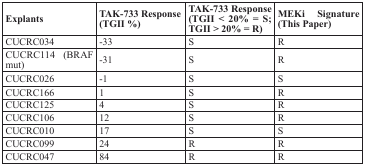
<table><thead><tr><td><b>Explants</b></td><td><b>TAK-733 Response (TGII %)</b></td><td><b>TAK-733 Response (TGII &lt; 20% = S; TGII &gt; 20% = R)</b></td><td><b>MEKi Signature (This Paper)</b></td></tr></thead><tbody><tr><td>CUCRC034</td><td>−33</td><td>S</td><td>R</td></tr><tr><td>CUCRC114 (BRAF mut)</td><td>−31</td><td>S</td><td>R</td></tr><tr><td>CUCRC026</td><td>−1</td><td>S</td><td>S</td></tr><tr><td>CUCRC166</td><td>1</td><td>S</td><td>R</td></tr><tr><td>CUCRC125</td><td>4</td><td>S</td><td>R</td></tr><tr><td>CUCRC106</td><td>12</td><td>S</td><td>R</td></tr><tr><td>CUCRC010</td><td>17</td><td>S</td><td>S</td></tr><tr><td>CUCRC099</td><td>24</td><td>R</td><td>R</td></tr><tr><td>CUCRC047</td><td>84</td><td>R</td><td>R</td></tr></tbody></table>